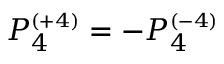
P _ { 4 } ^ { \scriptscriptstyle { ( + 4 ) } } = - P _ { 4 } ^ { \scriptscriptstyle { ( - 4 ) } }